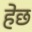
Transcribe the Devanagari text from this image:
हेछ